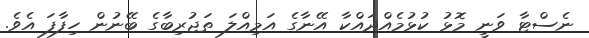
ނެސްޓާ ވަނީ މޮޅު ކުޅުމެއްދައްކާ އޭނާގެ އަމިއްލަ ތަޖުރިބާގެ ބޭނުން ހިފާފަ އެވެ.